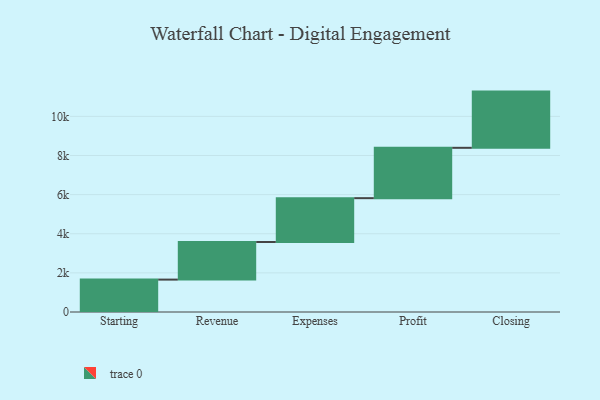
{"axis": {"x": "Step", "y": "Value"}, "legend": [""], "data": [{"x": "Starting", "y": 1656.0, "type": ""}, {"x": "Revenue", "y": 1923.0, "type": ""}, {"x": "Expenses", "y": 2240.0, "type": ""}, {"x": "Profit", "y": 2574.0, "type": ""}, {"x": "Closing", "y": 2873.0, "type": ""}]}